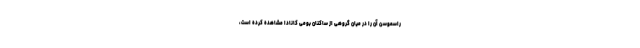
راسموسن آن را در میان گروهی از ساکنان بومی کانادا مشاهده کرده است،